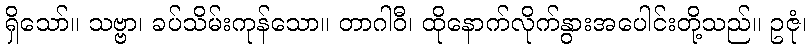
ရှိသော်။ သဗ္ဗာ၊ ခပ်သိမ်းကုန်သော။ တာဂါဝီ၊ ထိုနောက်လိုက်နွားအပေါင်းတို့သည်။ ဥဇုံ၊